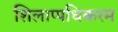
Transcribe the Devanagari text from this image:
शिलाप्पधिकरम